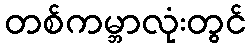
တစ်ကမ္ဘာလုံးတွင်